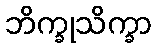
ဘိက္ခုသိက္ခာ